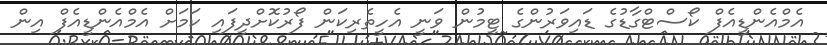
އެމްއެންޑީއެފް ކޯސްޓްގާޑުގެ ޑައިވަރުންގެ ޓީމުން ވަނީ އެހީތެރިކަން ފޯރުކޮށްދީފައި ކަމަށް އެމްއެންޑީއެފް އިން